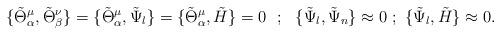
LaTeX: \begin{align*}\{\tilde \Theta _\alpha ^\mu ,\tilde \Theta _\beta ^\nu\}=\{\tilde \Theta _\alpha ^\mu ,\tilde \Psi _l\}=\{\tilde \Theta _\alpha ^\mu ,\tilde H\}= 0~~;~~\{\tilde \Psi _l ,\tilde \Psi _n\}\approx 0 ~;~\{\tilde \Psi _l ,\tilde H\}\approx 0.\end{align*}